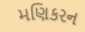
મણિકરન